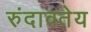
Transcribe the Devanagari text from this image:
रुंदावतेय